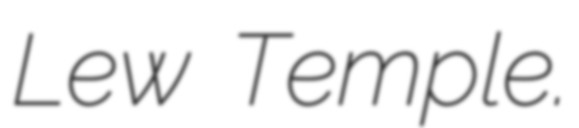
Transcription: Lew Temple.